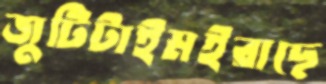
জুটিটাইমইরাছে